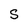
Character: S